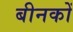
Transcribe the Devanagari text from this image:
बीनकों